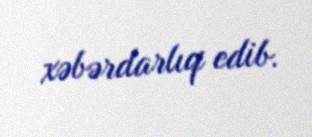
xəbərdarlıq edib.